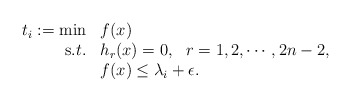
\begin{align*}\begin{array}{rl}t_i:=\min & f(x)\\{\mbox s.t.}&h_r(x)=0,~~r=1,2,\cdots, 2n-2,\\&f(x)\leq \lambda_{i}+\epsilon.\end{array}\end{align*}